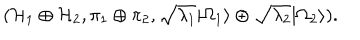
LaTeX: ( { \cal H } _ { 1 } \oplus { \cal H } _ { 2 } , \pi _ { 1 } \oplus \pi _ { 2 } , \sqrt { \lambda _ { 1 } } | \Omega _ { 1 } \rangle \oplus \sqrt { \lambda _ { 2 } } | \Omega _ { 2 } \rangle ) .